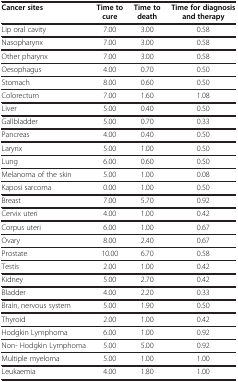
<table><thead><tr><td><b>Cancer sites</b></td><td><b>Time to cure</b></td><td><b>Time to death</b></td><td><b>Time for diagnosis and therapy</b></td></tr></thead><tbody><tr><td>Lip oral cavity</td><td>7.00</td><td>3.00</td><td>0.58</td></tr><tr><td>Nasopharynx</td><td>7.00</td><td>3.00</td><td>0.58</td></tr><tr><td>Other pharynx</td><td>7.00</td><td>3.00</td><td>0.58</td></tr><tr><td>Oesophagus</td><td>4.00</td><td>0.70</td><td>0.50</td></tr><tr><td>Stomach</td><td>8.00</td><td>0.60</td><td>0.50</td></tr><tr><td>Colorectum</td><td>7.00</td><td>1.60</td><td>1.08</td></tr><tr><td>Liver</td><td>5.00</td><td>0.40</td><td>0.50</td></tr><tr><td>Gallbladder</td><td>5.00</td><td>0.70</td><td>0.33</td></tr><tr><td>Pancreas</td><td>4.00</td><td>0.40</td><td>0.50</td></tr><tr><td>Larynx</td><td>5.00</td><td>1.00</td><td>0.50</td></tr><tr><td>Lung</td><td>6.00</td><td>0.60</td><td>0.50</td></tr><tr><td>Melanoma of the skin</td><td>5.00</td><td>1.00</td><td>0.08</td></tr><tr><td>Kaposi sarcoma</td><td>0.00</td><td>1.00</td><td>0.50</td></tr><tr><td>Breast</td><td>7.00</td><td>5.70</td><td>0.92</td></tr><tr><td>Cervix uteri</td><td>4.00</td><td>1.00</td><td>0.42</td></tr><tr><td>Corpus uteri</td><td>6.00</td><td>1.00</td><td>0.67</td></tr><tr><td>Ovary</td><td>8.00</td><td>2.40</td><td>0.67</td></tr><tr><td>Prostate</td><td>10.00</td><td>6.70</td><td>0.58</td></tr><tr><td>Testis</td><td>2.00</td><td>1.00</td><td>0.42</td></tr><tr><td>Kidney</td><td>5.00</td><td>2.70</td><td>0.42</td></tr><tr><td>Bladder</td><td>4.00</td><td>2.20</td><td>0.33</td></tr><tr><td>Brain, nervous system</td><td>5.00</td><td>1.90</td><td>0.50</td></tr><tr><td>Thyroid</td><td>2.00</td><td>1.00</td><td>0.42</td></tr><tr><td>Hodgkin Lymphoma</td><td>6.00</td><td>1.00</td><td>0.92</td></tr><tr><td>Non- Hodgkin Lymphoma</td><td>5.00</td><td>5.00</td><td>0.92</td></tr><tr><td>Multiple myeloma</td><td>5.00</td><td>1.00</td><td>1.00</td></tr><tr><td>Leukaemia</td><td>4.00</td><td>1.80</td><td>1.00</td></tr></tbody></table>